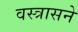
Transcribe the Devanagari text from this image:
वस्त्रासने